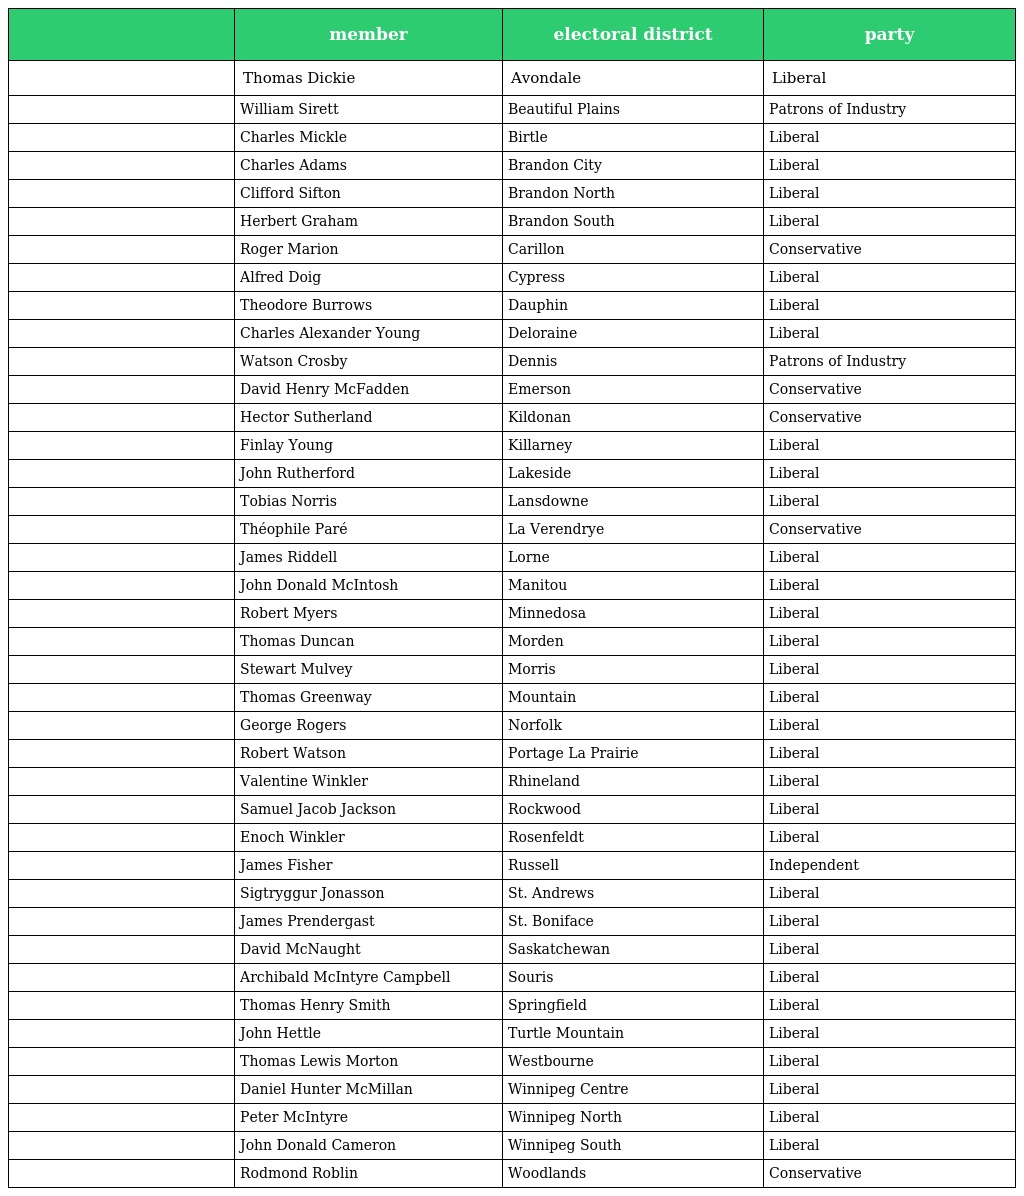
|  | member | electoral district | party |
 | --- | --- | --- | --- |
 |  | Thomas Dickie | Avondale | Liberal |
 |  | William Sirett | Beautiful Plains | Patrons of Industry |
 |  | Charles Mickle | Birtle | Liberal |
 |  | Charles Adams | Brandon City | Liberal |
 |  | Clifford Sifton | Brandon North | Liberal |
 |  | Herbert Graham | Brandon South | Liberal |
 |  | Roger Marion | Carillon | Conservative |
 |  | Alfred Doig | Cypress | Liberal |
 |  | Theodore Burrows | Dauphin | Liberal |
 |  | Charles Alexander Young | Deloraine | Liberal |
 |  | Watson Crosby | Dennis | Patrons of Industry |
 |  | David Henry McFadden | Emerson | Conservative |
 |  | Hector Sutherland | Kildonan | Conservative |
 |  | Finlay Young | Killarney | Liberal |
 |  | John Rutherford | Lakeside | Liberal |
 |  | Tobias Norris | Lansdowne | Liberal |
 |  | Théophile Paré | La Verendrye | Conservative |
 |  | James Riddell | Lorne | Liberal |
 |  | John Donald McIntosh | Manitou | Liberal |
 |  | Robert Myers | Minnedosa | Liberal |
 |  | Thomas Duncan | Morden | Liberal |
 |  | Stewart Mulvey | Morris | Liberal |
 |  | Thomas Greenway | Mountain | Liberal |
 |  | George Rogers | Norfolk | Liberal |
 |  | Robert Watson | Portage La Prairie | Liberal |
 |  | Valentine Winkler | Rhineland | Liberal |
 |  | Samuel Jacob Jackson | Rockwood | Liberal |
 |  | Enoch Winkler | Rosenfeldt | Liberal |
 |  | James Fisher | Russell | Independent |
 |  | Sigtryggur Jonasson | St. Andrews | Liberal |
 |  | James Prendergast | St. Boniface | Liberal |
 |  | David McNaught | Saskatchewan | Liberal |
 |  | Archibald McIntyre Campbell | Souris | Liberal |
 |  | Thomas Henry Smith | Springfield | Liberal |
 |  | John Hettle | Turtle Mountain | Liberal |
 |  | Thomas Lewis Morton | Westbourne | Liberal |
 |  | Daniel Hunter McMillan | Winnipeg Centre | Liberal |
 |  | Peter McIntyre | Winnipeg North | Liberal |
 |  | John Donald Cameron | Winnipeg South | Liberal |
 |  | Rodmond Roblin | Woodlands | Conservative |